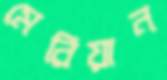
মেরিয়ান